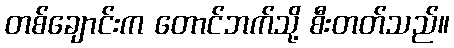
တစ်ချောင်းက တောင်ဘက်သို့ စီးတတ်သည်။